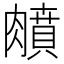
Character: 𦡛